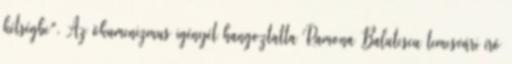
kétségbe". Az ökumenizmus igényét hangoztatta Ramona Balutescu temesvári író